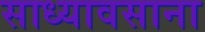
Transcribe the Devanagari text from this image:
साध्यावसाना